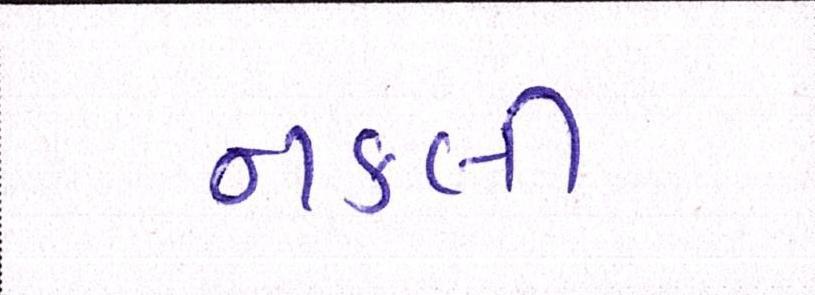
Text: નકલી